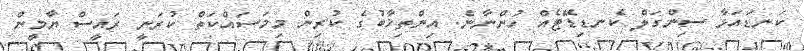
ކަނޑައަޅާ ސިންގަލް ކެނޑިޑޭޓެއް ހުންނާނެ. އިންތިޚާބުގެ ކުރިން މިމަސައްކަތް ކުރަނީ ރައީސް ޔާމީން